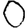
Digit: 0